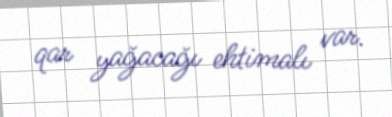
qar yağacağı ehtimalı var.